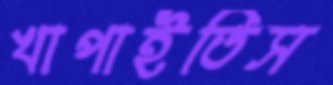
খাপাইতিস